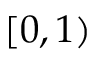
[ 0 , 1 )